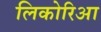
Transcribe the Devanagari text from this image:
लिकोरिआ